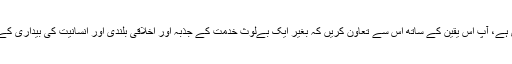
آج یہ کام ہر طبقہ اور ہر درجہ کیلئے ضروری ہے، آپ اس یقین کے ساتھ اس سے تعاون کریں کہ بغیر ایک بےلوث خدمت کے جذبہ اور اخلاقی بلندی اور انسانیت کی بیداری کے ہماری زندگی کی مصیبتیں دور نہیں ہوسکتیں۔